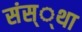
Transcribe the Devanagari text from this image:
संस््था